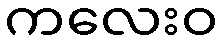
ကလေးဝ